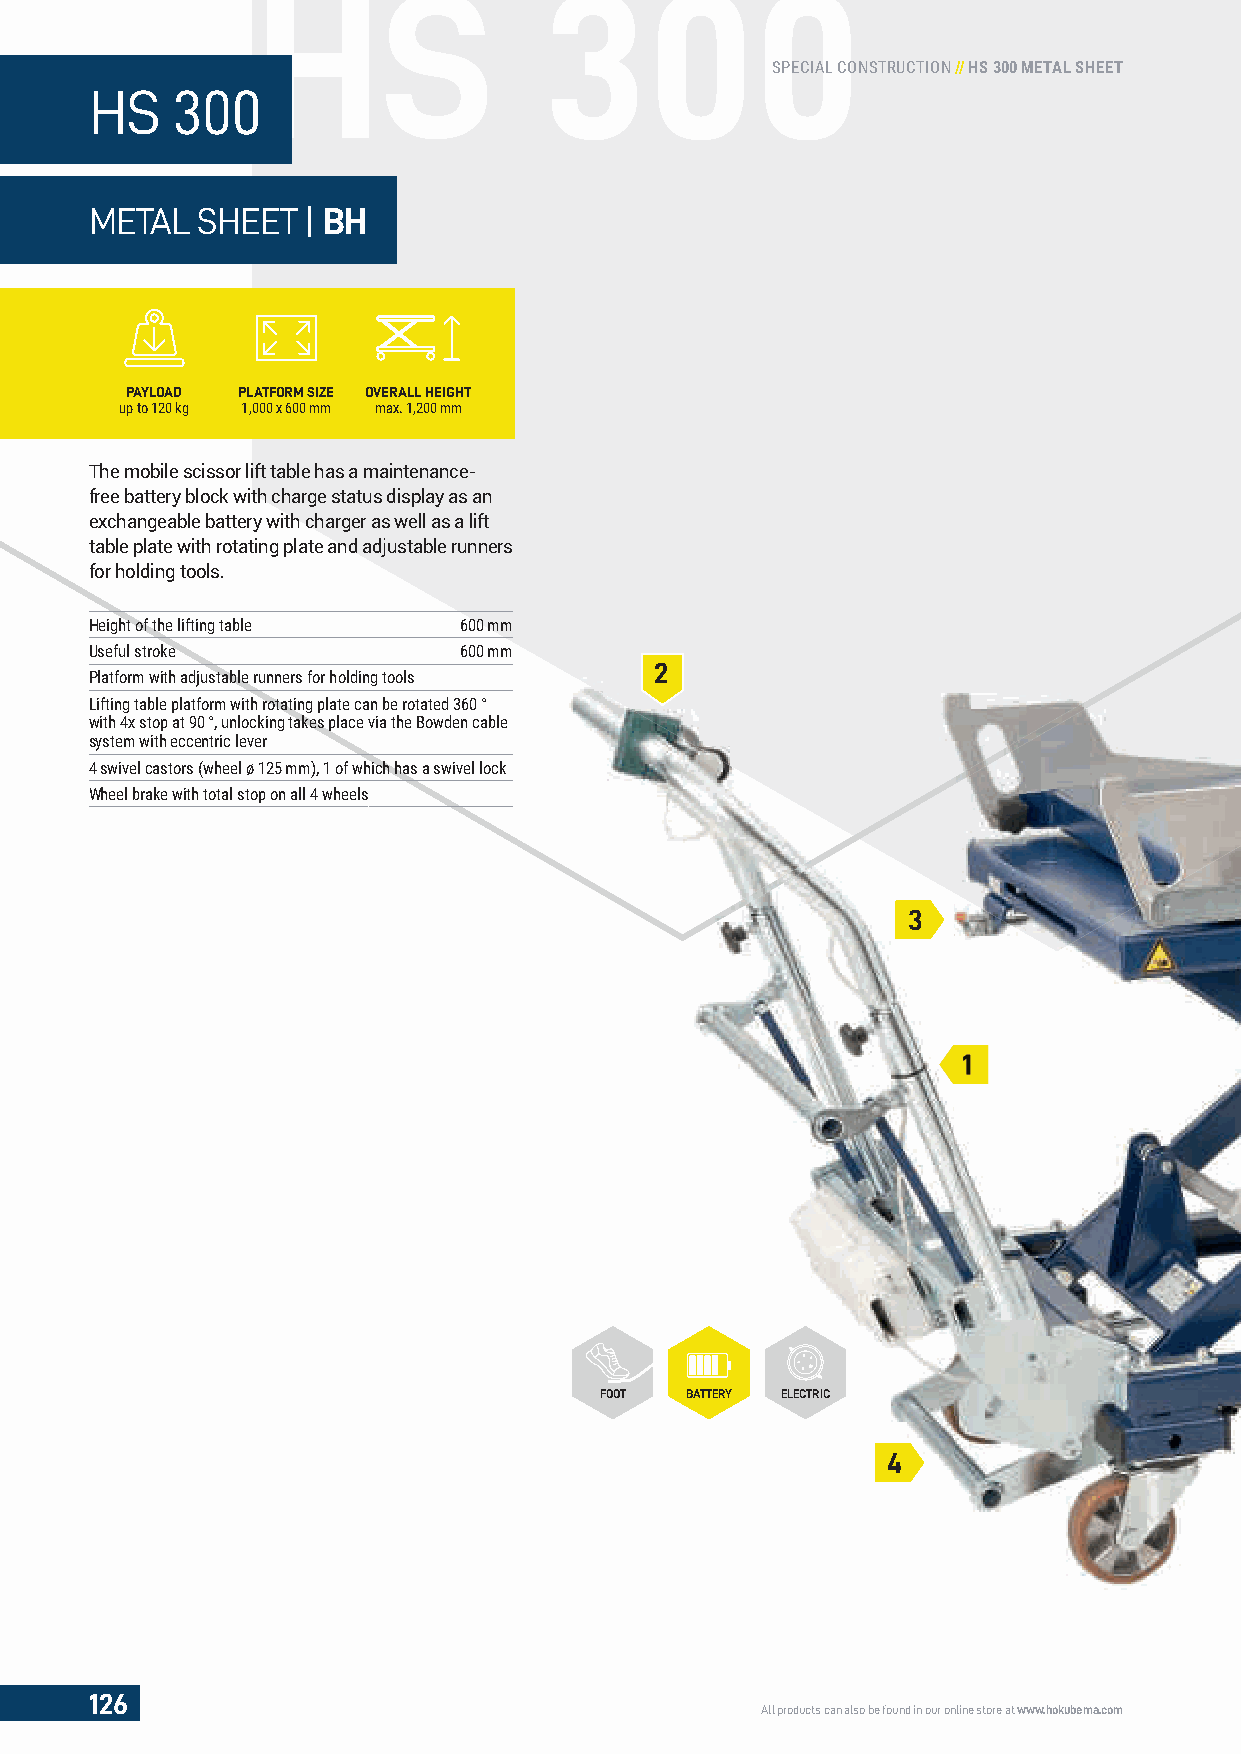
HS                 300
 SPECIAL CONSTRUCTION // HS 300 METAL SHEET
 HS   300
 METAL  SHEET  | BH
 PAYLOAD PLATFORM SIZE OVERALL HEIGHT
 up to 120 kg 1,000 x 600 mm max. 1,200 mm
 The mobile scissor lift table has a maintenance-
 free battery block with charge status display as an
 exchangeable battery with charger as well as a lift
 table plate with rotating plate and adjustable runners
 for holding tools.
 Height of the lifting table 600 mm
 Useful stroke           600 mm
 2
 Platform with adjustable runners for holding tools
 Lifting table platform with rotating plate can be rotated 360 °
 with 4x stop at 90 °, unlocking takes place via the Bowden cable
 system with eccentric lever
 4 swivel castors (wheel ø 125 mm), 1 of which has a swivel lock
 Wheel brake with total stop on all 4 wheels
 3
 1
 FOOT BATTERY ELECTRIC
 4
 126
 All products can also be found in our online store at www.hokubema.com